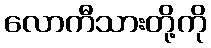
လောကီသားတို့ကို